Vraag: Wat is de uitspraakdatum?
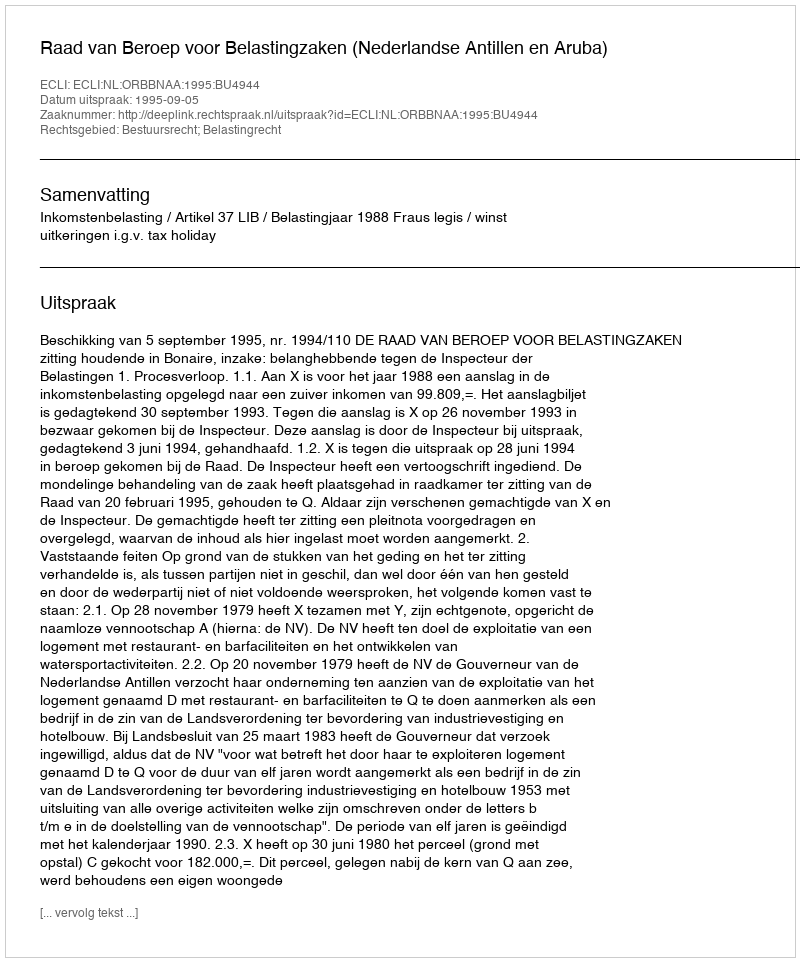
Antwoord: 1995-09-05